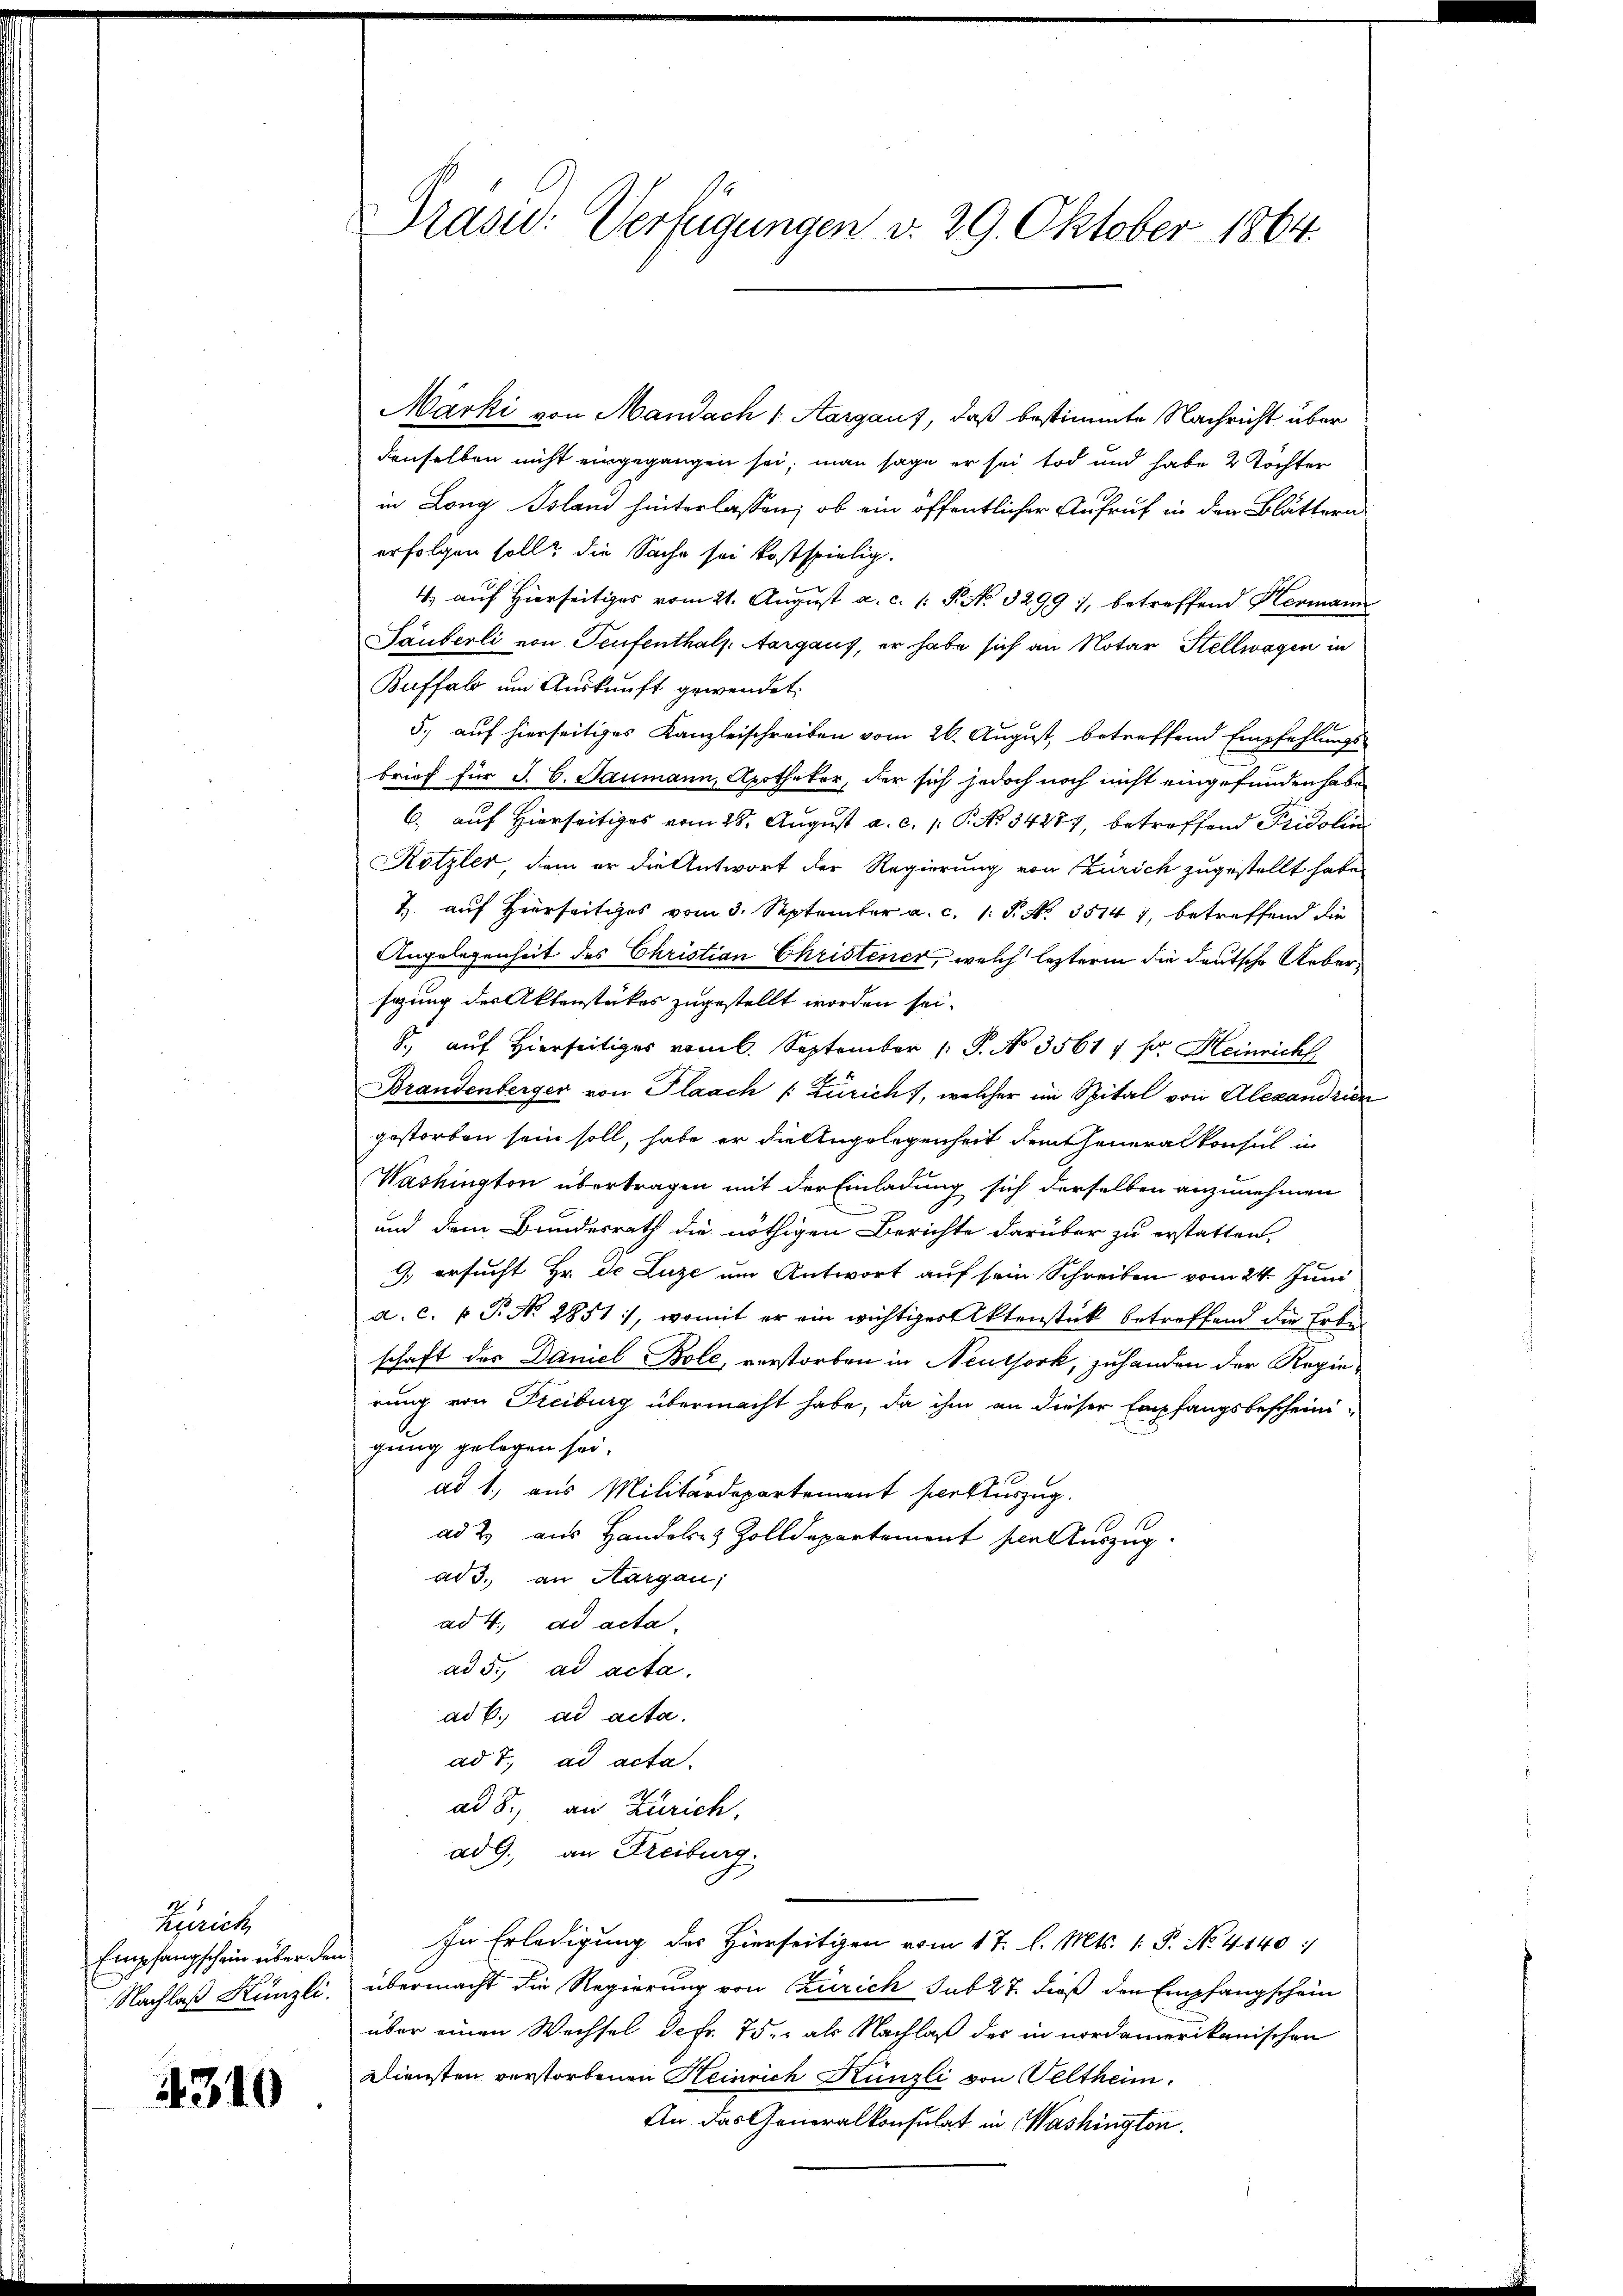
Zürich
Empfangschein über den
Nachlaß Künzli.

4310

Prasid: Verfügungen v. 29. Oktober 1864.

Märki von Mandach 1. Aargaus, daß bestimmte Nachricht über
denselben nicht eingegangen sei; man sage er sei tod und habe 2 Tochter
in Long Tsland hinterlassen, ob ein öffentlicher Aufruf in den Blättern
erfolgen soll? die Sache sei kostspielig.
4) auf Hierseitiges vom 21. August a. c. 1. P. No. 3299 1, betreffend Hermann
Säuberli von Teufenthals. Aargaus, er habe sich an Notar Stellwagen in
Buffalo um Auskunft gewendet.
5. auf hierseitiges Kanzleischreiben vom 26. August, betreffend Empfehlungs
brief für J. C. Saumann, Apotheker, der sich jedoch noch nicht eingefunden habe,
6, auf Hierseitiges vom 28. August a. c. p. P. No. 34287, betreffend Fridolini
Rotzler, dem er die Antwort der Regierung von Zürich zugestellt habe,
Z. auf Hierseitiges vom 3. September a. c. 1. P. No. 35147, betreffend die
Angelegenheit des Christian Christener, welch lezterm die deutsche Uebersazung der Aktenstückes zugestellt worden sei.
8., auf Hierseitiges vom 6. September /: P. No 3561, s. Heinrich
Brandenberger von Plaach (Zürich), welcher im Spital von Alexandrien
gestorben sein soll, habe er die Angelegenheit dem Generalkonsul in
Washington übertragen mit der Einladung sich derselben anzunehmen
und dem Bundesrath die nöthigen Berichte darüber zu erstatten,
J. ersucht Hr. Dr Luze um Antwort auf sein Schreiben vom 24. Juni
a. c. v. P. Nr. 2851), womit er ein wichtiger Aktenstück betreffend die Erbe
schaft der Daniel Bole, verstorben in Neuthork, zuhanden der Regierung von Freiburg übermacht habe, da ihm an dieser Empfangsbescheinigung gelegen sei.
ad 1., aus Militärdepartement herauszug.
ad 2. aus Handels- & Zolldepartement per Auszug.
ad 3. an Aargau,
ad 4. ad acta
ad 5. ad acta.
ad b. ad acta.
ad T. ad acta.
ad 8. an Zürich,
ad 9. an Freiburg.
In Erledigung des Hierseitigen vom 17. l. Mts. 1. P. No. 4140:
übermacht die Regierung von Zürich sub 27. dieß den Empfangschein
über einen Wechsel de fr. 75. als Nachlaß der in nordamerikanischen
Diensten verstorbenen Heinrich Künzli von Veltheim.
An das Generalkonsulat in Washington.